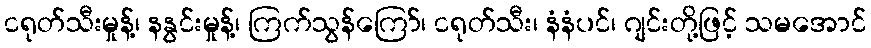
ငရုတ်သီးမှုန့်၊ နနွင်းမှုန့်၊ ကြက်သွန်ကြော်၊ ငရုတ်သီး၊ နံနံပင်၊ ဂျင်းတို့ဖြင့် သမအောင်